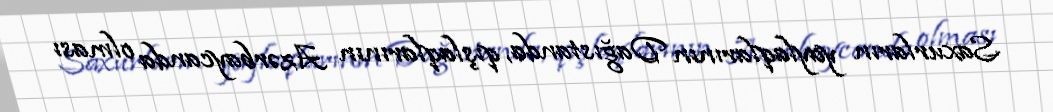
Saxurların yaylaqlarının Dağıstanda, qışlaqlarının Azərbaycanda olması